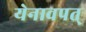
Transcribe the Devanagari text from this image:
येनावपत्